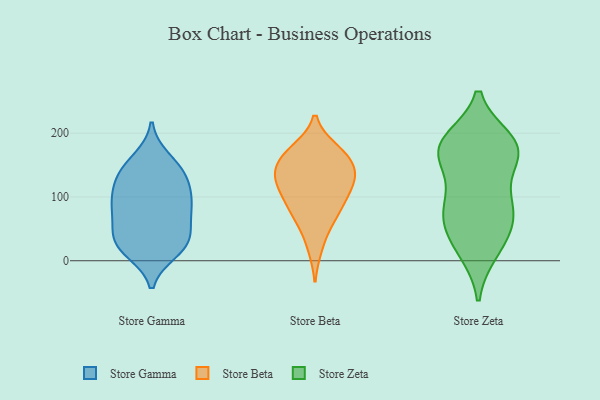
{"axis": {"x": "LTV (USD)", "y": "Value"}, "legend": ["Store Beta", "Store Gamma", "Store Zeta"], "data": [{"x": "", "y": 106, "type": "Store Gamma"}, {"x": "", "y": 63, "type": "Store Gamma"}, {"x": "", "y": 126, "type": "Store Gamma"}, {"x": "", "y": 130, "type": "Store Gamma"}, {"x": "", "y": 83, "type": "Store Gamma"}, {"x": "", "y": 147, "type": "Store Gamma"}, {"x": "", "y": 94, "type": "Store Gamma"}, {"x": "", "y": 24, "type": "Store Gamma"}, {"x": "", "y": 20, "type": "Store Gamma"}, {"x": "", "y": 39, "type": "Store Gamma"}, {"x": "", "y": 43, "type": "Store Gamma"}, {"x": "", "y": 138, "type": "Store Gamma"}, {"x": "", "y": 27, "type": "Store Gamma"}, {"x": "", "y": 81, "type": "Store Gamma"}, {"x": "", "y": 89, "type": "Store Gamma"}, {"x": "", "y": 159, "type": "Store Gamma"}, {"x": "", "y": 15, "type": "Store Gamma"}, {"x": "", "y": 113, "type": "Store Beta"}, {"x": "", "y": 80, "type": "Store Beta"}, {"x": "", "y": 163, "type": "Store Beta"}, {"x": "", "y": 165, "type": "Store Beta"}, {"x": "", "y": 94, "type": "Store Beta"}, {"x": "", "y": 22, "type": "Store Beta"}, {"x": "", "y": 127, "type": "Store Beta"}, {"x": "", "y": 173, "type": "Store Beta"}, {"x": "", "y": 118, "type": "Store Beta"}, {"x": "", "y": 76, "type": "Store Beta"}, {"x": "", "y": 140, "type": "Store Beta"}, {"x": "", "y": 60, "type": "Store Beta"}, {"x": "", "y": 139, "type": "Store Beta"}, {"x": "", "y": 129, "type": "Store Beta"}, {"x": "", "y": 168, "type": "Store Beta"}, {"x": "", "y": 61, "type": "Store Zeta"}, {"x": "", "y": 14, "type": "Store Zeta"}, {"x": "", "y": 153, "type": "Store Zeta"}, {"x": "", "y": 173, "type": "Store Zeta"}, {"x": "", "y": 189, "type": "Store Zeta"}, {"x": "", "y": 59, "type": "Store Zeta"}, {"x": "", "y": 186, "type": "Store Zeta"}, {"x": "", "y": 189, "type": "Store Zeta"}, {"x": "", "y": 79, "type": "Store Zeta"}, {"x": "", "y": 94, "type": "Store Zeta"}, {"x": "", "y": 16, "type": "Store Zeta"}, {"x": "", "y": 103, "type": "Store Zeta"}, {"x": "", "y": 164, "type": "Store Zeta"}, {"x": "", "y": 169, "type": "Store Zeta"}, {"x": "", "y": 174, "type": "Store Zeta"}, {"x": "", "y": 40, "type": "Store Zeta"}, {"x": "", "y": 81, "type": "Store Zeta"}]}